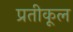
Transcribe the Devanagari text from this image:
प्रतीकूल